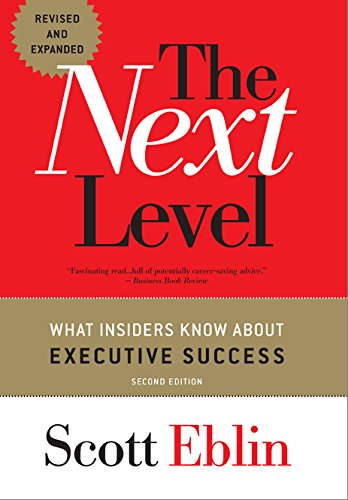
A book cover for The Next Level: What Insiders Know About Executive Success, 2nd Edition; Scott Eblin; Business & Money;